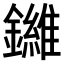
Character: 𫓙